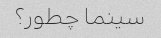
سینما چطور؟